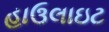
હાઉલાઇટ